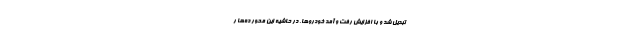
تبدیل شد و با افزایش رفت و آمد خودروها، در حاشیه این محور ده‌ها ر